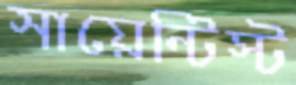
সায়েন্টিস্ট